Lunatic asylums Punjab 1868-1880 - 1868-1880
Year: 1868
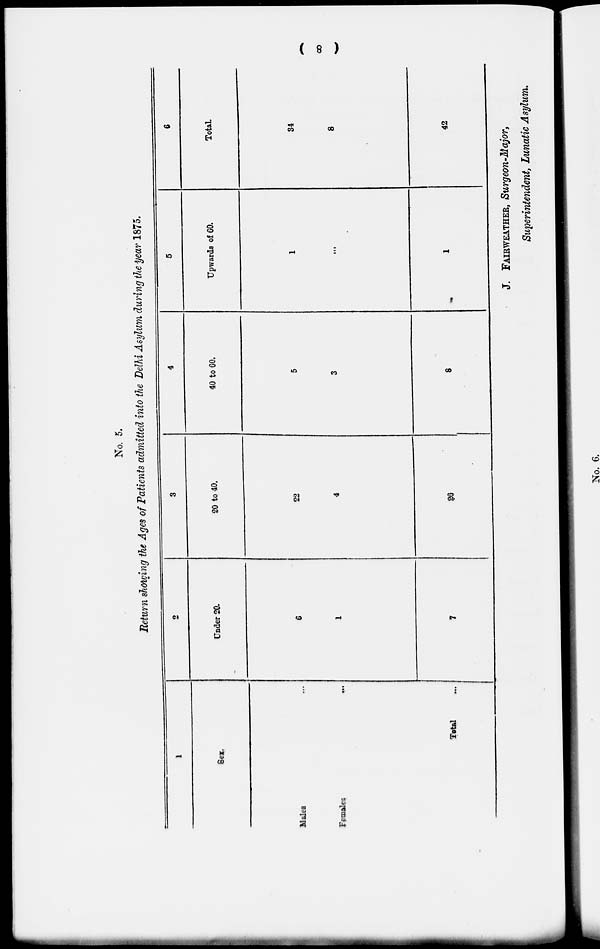
( 8 )
No. 5.
Return showing the Ages of Patients admitted into the Delhi Asylum during the year 1875.
1
Sex.
Males ...
Females ...
Total ...
2
Under 20.
6
1
7
3
20 to 40.
22
4
26
4
40 to 60.
5
3
8
5
Upwards of 60.
1
...
1
6
Total.
34
8
42
J. FAIRWEATHER, Surgeon-Major,
Superintendent, Lunatic Asylum.